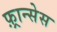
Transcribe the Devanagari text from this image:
फ़्रान्सेस